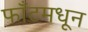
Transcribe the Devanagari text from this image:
फाँटमधून